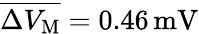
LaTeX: \overline{{\Delta V_{\mathrm M}}}=0.46\, \mathrm{mV}